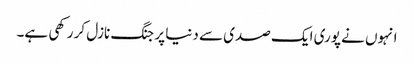
انہوں نے پوری ایک صدی سے دنیا پر جنگ نازل کر رکھی ہے۔